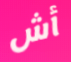
أش